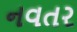
નવતર